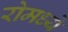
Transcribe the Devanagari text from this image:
रोमध्ये